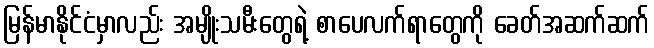
မြန်မာနိုင်ငံမှာလည်း အမျိုးသမီးတွေရဲ့ စာပေလက်ရာတွေကို ခေတ်အဆက်ဆက်